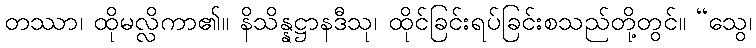
တဿာ၊ ထိုမလ္လိကာ၏။ နိသိန္နဋ္ဌာနဒီသု၊ ထိုင်ခြင်းရပ်ခြင်းစသည်တို့တွင်။ “သွေ၊